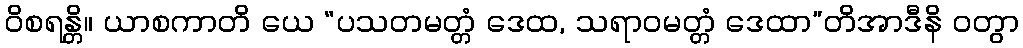
ဝိစရန္တိ။ ယာစကာတိ ယေ “ပသတမတ္တံ ဒေထ, သရာဝမတ္တံ ဒေထာ”တိအာဒီနိ ဝတွာ